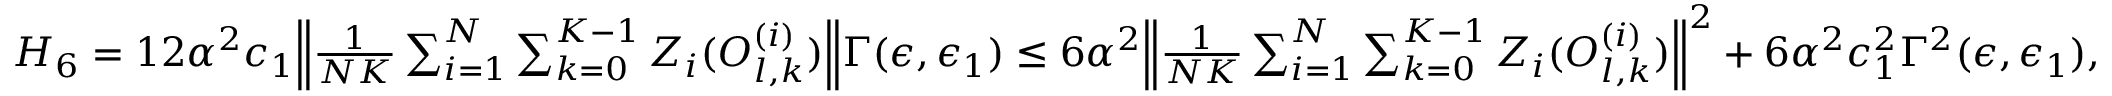
\begin{array} { r } { H _ { 6 } = 1 2 \alpha ^ { 2 } c _ { 1 } \Big \lVert \frac { 1 } { N K } \sum _ { i = 1 } ^ { N } \sum _ { k = 0 } ^ { K - 1 } Z _ { i } ( O _ { l , k } ^ { ( i ) } ) \Big \rVert \Gamma ( \epsilon , \epsilon _ { 1 } ) \le 6 \alpha ^ { 2 } \Big \lVert \frac { 1 } { N K } \sum _ { i = 1 } ^ { N } \sum _ { k = 0 } ^ { K - 1 } Z _ { i } ( O _ { l , k } ^ { ( i ) } ) \Big \rVert ^ { 2 } + 6 \alpha ^ { 2 } c _ { 1 } ^ { 2 } \Gamma ^ { 2 } ( \epsilon , \epsilon _ { 1 } ) , } \end{array}